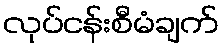
လုပ်ငန်းစီမံချက်